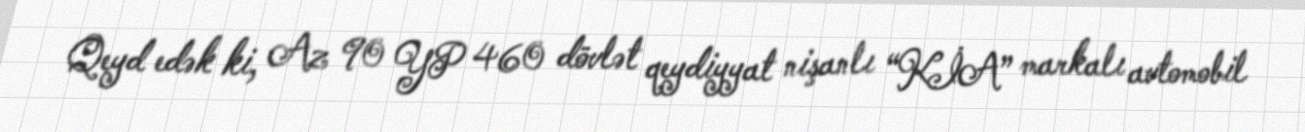
Qeyd edək ki, Az 90 YP 460 dövlət qeydiyyat nişanlı “KİA” markalı avtomobil